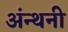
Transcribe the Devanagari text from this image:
अंन्थनी